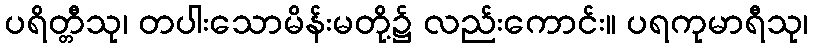
ပရိတ္တီသု၊ တပါးသောမိန်းမတို့၌ လည်းကောင်း။ ပရကုမာရီသု၊